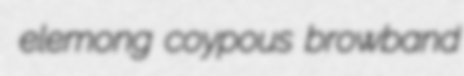
elemong coypous browband